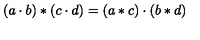
\left( a \cdot b \right) * \left( c \cdot d \right) = \left( a * c \right) \cdot \left( b * d \right)